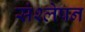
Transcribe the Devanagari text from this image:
संश्लेषन